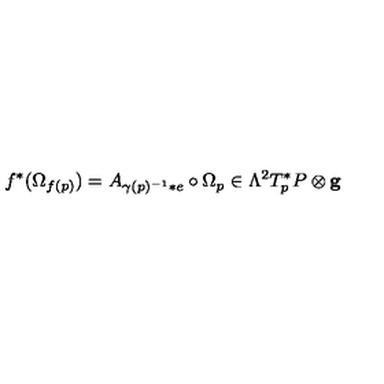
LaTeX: f ^ { * } ( \Omega _ { f ( p ) } ) = A _ { \gamma ( p ) ^ { - 1 } * e } \circ \Omega _ { p } \in \Lambda ^ { 2 } T _ { p } ^ { * } P \otimes { \bf g }